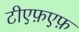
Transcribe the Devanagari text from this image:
टीएफ़एफ़